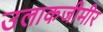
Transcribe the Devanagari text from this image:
उलाकजीमीर